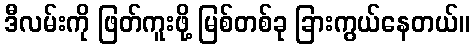
ဒီလမ်းကို ဖြတ်ကူးဖို့ မြစ်တစ်ခု ခြားကွယ်နေတယ်။